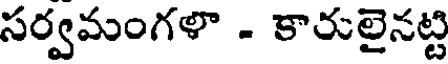
సర్వమంగళా - కారులైనట్టి